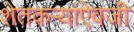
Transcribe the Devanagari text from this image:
शेतकऱ्यांऐवजी